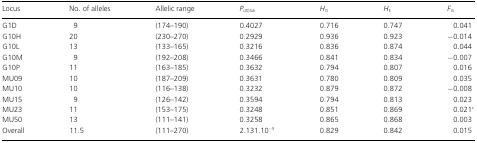
<table><thead><tr><td><b>Locus</b></td><td><b>No. of alleles</b></td><td><b>Allelic range</b></td><td><b><i>P<sub>(ID)Sib</sub></i></b></td><td><b><i>H</i><sub>O</sub></b></td><td><b><i>H</i><sub>E</sub></b></td><td><b><i>F</i><sub>IS</sub></b></td></tr></thead><tbody><tr><td>G1D</td><td> 9</td><td>(174–190)</td><td>0.4027</td><td>0.716</td><td>0.747</td><td> 0.041</td></tr><tr><td>G10H</td><td>20</td><td>(230–270)</td><td>0.2929</td><td>0.936</td><td>0.923</td><td>−0.014</td></tr><tr><td>G10L</td><td>13</td><td>(133–165)</td><td>0.3216</td><td>0.836</td><td>0.874</td><td> 0.044</td></tr><tr><td>G10M</td><td> 9</td><td>(192–208)</td><td>0.3466</td><td>0.841</td><td>0.834</td><td>−0.007</td></tr><tr><td>G10P</td><td>11</td><td>(163–185)</td><td>0.3632</td><td>0.794</td><td>0.807</td><td> 0.016</td></tr><tr><td>MU09</td><td>10</td><td>(187–209)</td><td>0.3631</td><td>0.780</td><td>0.809</td><td> 0.035</td></tr><tr><td>MU10</td><td>10</td><td>(116–138)</td><td>0.3232</td><td>0.879</td><td>0.872</td><td>−0.008</td></tr><tr><td>MU15</td><td> 9</td><td>(126–142)</td><td>0.3594</td><td>0.794</td><td>0.813</td><td> 0.023</td></tr><tr><td>MU23</td><td>11</td><td>(153–175)</td><td>0.3248</td><td>0.851</td><td>0.869</td><td> 0.021*</td></tr><tr><td>MU50</td><td>13</td><td>(111–141)</td><td>0.3258</td><td>0.865</td><td>0.868</td><td> 0.003</td></tr><tr><td>Overall</td><td>11.5</td><td>(111–270)</td><td>2.131.10<sup>−5</sup></td><td>0.829</td><td>0.842</td><td> 0.015</td></tr></tbody></table>